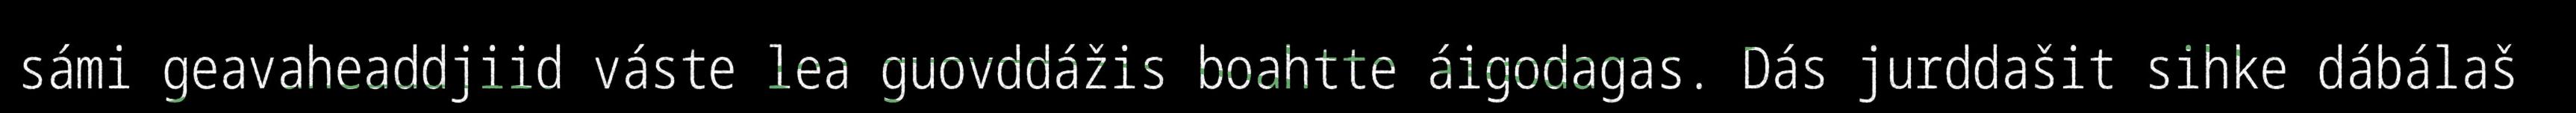
sámi geavaheaddjiid váste lea guovddážis boahtte áigodagas. Dás jurddašit sihke dábálaš